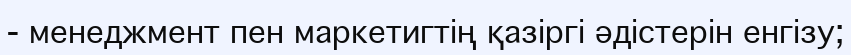
- менеджмент пен маркетигтің қазіргі әдістерін енгізу;